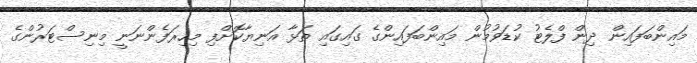
މައިންބަފައިން ދިން ފްލެޓު ކުޑަވުމުން މައިންބަފައިންގެ ގައިގައި ތަޅާ އަނިޔާކޮށްފި މިހިރަފެންނަނީ މިނިސްޓަރުންގެ